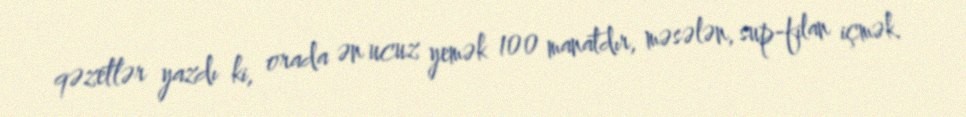
qəzetlər yazdı ki, orada ən ucuz yemək 100 manatdır, məsələn, sup-filan içmək.